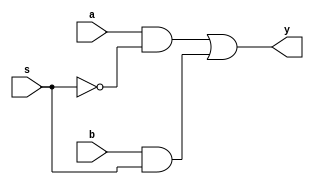
module twotoone(y,s,a,b);
input a,b;
input s;
output y;
assign y=((a&!s)|(b&s));
endmodule